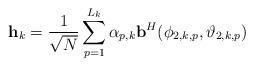
LaTeX: \begin{align*}\mathbf{h}_{k} = \frac{1}{\sqrt{N}}\sum_{p=1}^{L_{k}} \alpha_{p,k} \mathbf{b}^H(\phi_{2,k,p},\vartheta_{2,k,p}) \end{align*}